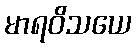
မာရဝိသယေ